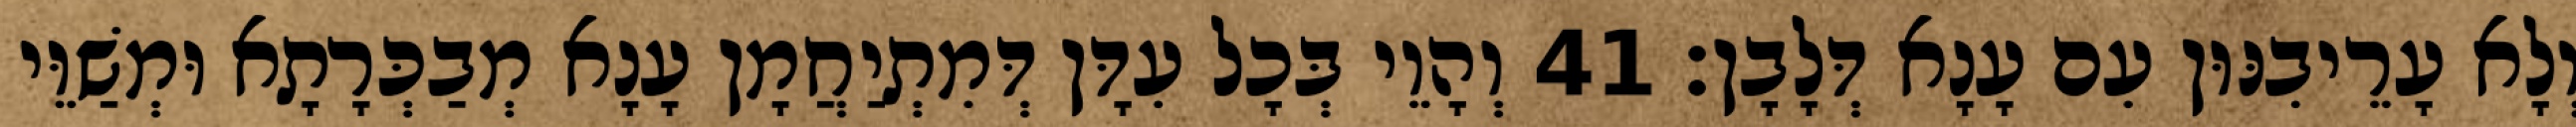
וְלָא עָרֵיבִנּוּן עִם עָנָא דְּלָבָן׃ 41 וְהָוֵי בְּכָל עִדָּן דְּמִתְיַחֲמָן עָנָא מְבַכְּרָתָא וּמְשַׁוֵּי